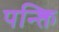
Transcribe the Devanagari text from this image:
पन्क्ति